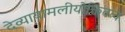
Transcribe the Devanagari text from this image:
देव्यायामलीयोक्तितत्व